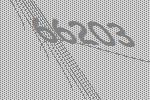
66203